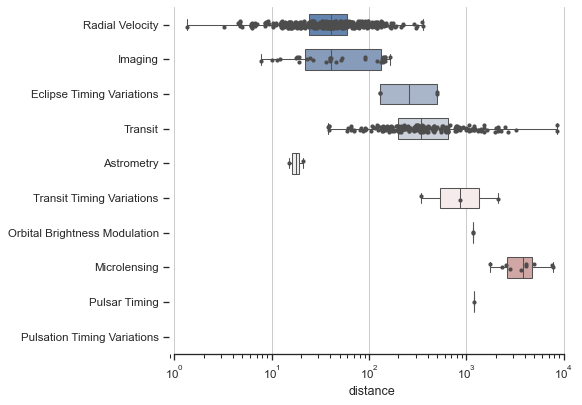
python, seaborn, boxplot, stripplot, despine